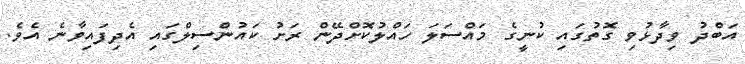
އަބްދު ވިދާޅުވި ގޮތުގައި ކުނީގެ މައްސަލަ ހައްލުކޮށްދޭން ރަށު ކައުންސިލްގައި އެދިފައިވާނެ އެވެ.